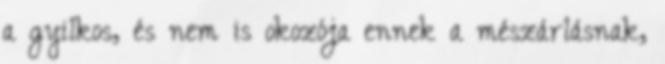
a gyilkos, és nem is okozója ennek a mészárlásnak,